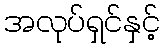
အလုပ်ရှင်နှင့်